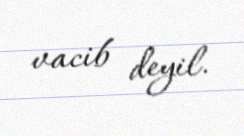
vacib deyil.